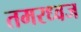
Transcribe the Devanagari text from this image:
तमरध्वज